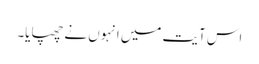
اس آیت میں انہوں نے چھپایا۔